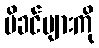
မိခင်များကို